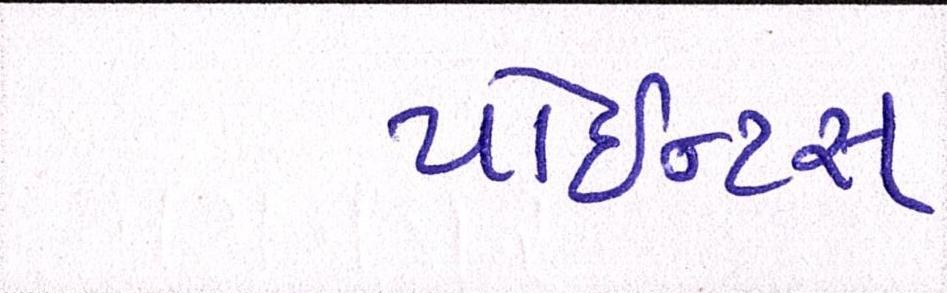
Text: પોઇન્ટસ